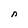
Character: n